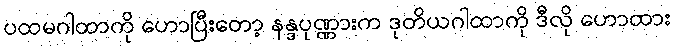
ပထမဂါထာကို ဟောပြီးတော့ နန္ဒပုဏ္ဏားက ဒုတိယဂါထာကို ဒီလို ဟောထား